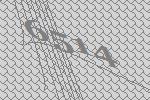
6514